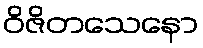
ဝိဇိတသေနော